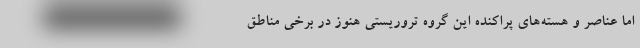
اما عناصر و هسته‌های پراکنده این گروه تروریستی هنوز در برخی مناطق